Vaccination in Burma 1889-1999 - 1889-1999
Year: 1889
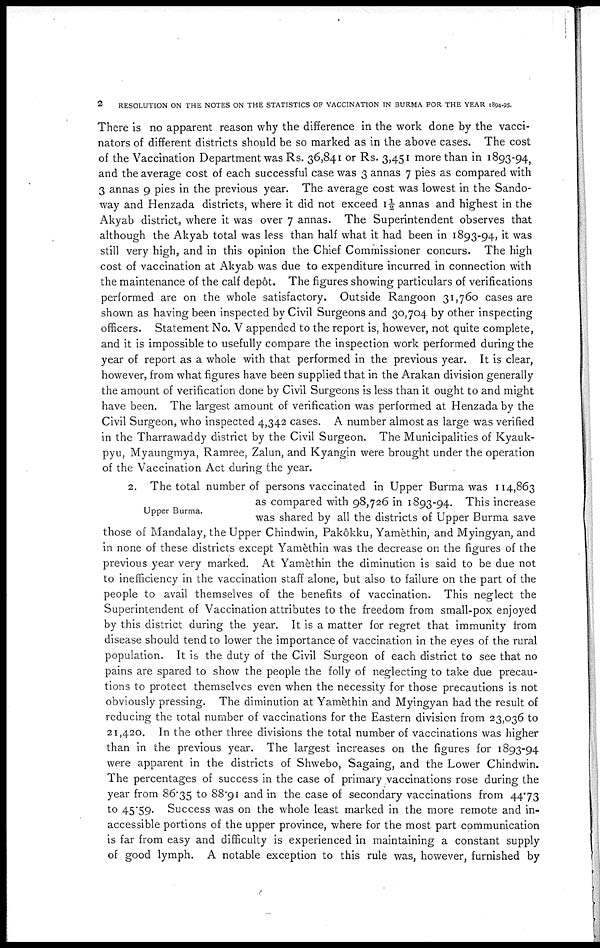
2
RESOLUTION ON THE NOTES ON THE STATISTICS OF VACCINATION IN BURMA FOR THE YEAR 1894-95.
There is no apparent reason why the difference in the work done by the vacci-
nators of different districts should be so marked as in the above cases. The cost
of the Vaccination Department was Rs. 36,841 or Rs. 3,451 more than in 1893-94,
and the average cost of each successful case was 3 annas 7 pies as compared with
3 annas 9 pies in the previous year. The average cost was lowest in the Sando-
way and Henzada districts, where it did not exceed 1½ annas and highest in the
Akyab district, where it was over 7 annas. The Superintendent observes that
although the Akyab total was less than half what it had been in 1893-94, it was
still very high, and in this opinion the Chief Commissioner concurs. The high
cost of vaccination at Akyab was due to expenditure incurred in connection with
the maintenance of the calf depôt. The figures showing particulars of verifications
performed are on the whole satisfactory. Outside Rangoon 31,760 cases are
shown as having been inspected by Civil Surgeons and 30,704 by other inspecting
officers. Statement No. V appended to the report is, however, not quite complete,
and it is impossible to usefully compare the inspection work performed during the
year of report as a whole with that performed in the previous year. It is clear,
however, from what figures have been supplied that in the Arakan division generally
the amount of verification done by Civil Surgeons is less than it ought to and might
have been. The largest amount of verification was performed at Henzada by the
Civil Surgeon, who inspected 4,342 cases. A number almost as large was verified
in the Tharrawaddy district by the Civil Surgeon. The Municipalities of Kyauk-
pyu, Myaungmya, Ramree, Zalun, and Kyangin were brought under the operation
of the Vaccination Act during the year.
Upper Burma.
2. The total number of persons vaccinated in Upper Burma was 114,863
as compared with 98,726 in 1893-94. This increase
was shared by all the districts of Upper Burma save
those of Mandalay, the Upper Chindwin, Pakôkku, Yamèthin, and Myingyan, and
in none of these districts except Yamèthin was the decrease on the figures of the
previous year very marked. At Yamèthin the diminution is said to be due not
to inefficiency in the vaccination staff alone, but also to failure on the part of the
people to avail themselves of the benefits of vaccination. This neglect the
Superintendent of Vaccination attributes to the freedom from small-pox enjoyed
by this district during the year. It is a matter for regret that immunity from
disease should tend to lower the importance of vaccination in the eyes of the rural
population. It is the duty of the Civil Surgeon of each district to see that no
pains are spared to show the people the folly of neglecting to take due precau-
tions to protect themselves even when the necessity for those precautions is not
obviously pressing. The diminution at Yamèthin and Myingyan had the result of
reducing the total number of vaccinations for the Eastern division from 23,036 to
21,420. In the other three divisions the total number of vaccinations was higher
than in the previous year. The largest increases on the figures for 1893-94
were apparent in the districts of Shwebo, Sagaing, and the Lower Chindwin.
The percentages of success in the case of primary vaccinations rose during the
year from 86.35 to 88.91 and in the case of secondary vaccinations from 44.73
to 45.59. Success was on the whole least marked in the more remote and in-
accessible portions of the upper province, where for the most part communication
is far from easy and difficulty is experienced in maintaining a constant supply
of good lymph. A notable exception to this rule was, however, furnished by